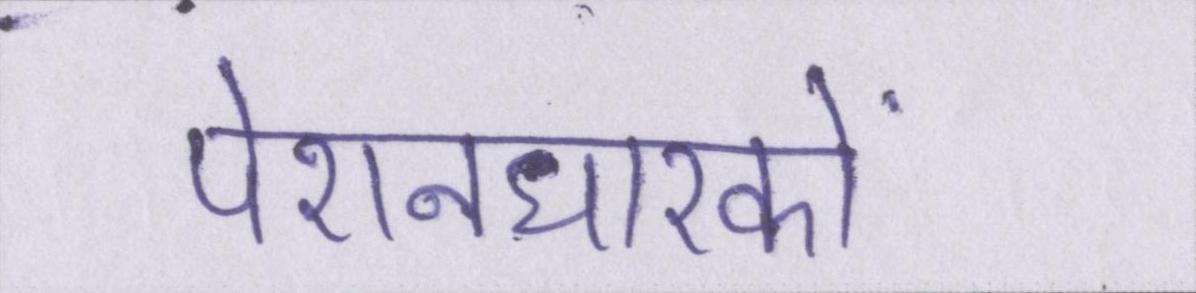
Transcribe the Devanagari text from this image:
पेंशनधारकों